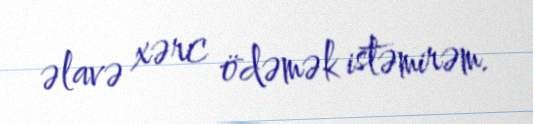
əlavə xərc ödəmək istəmirəm.